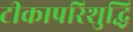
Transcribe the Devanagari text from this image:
टीकापरिशुद्धि